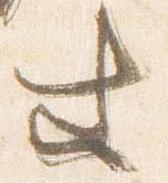
等